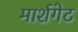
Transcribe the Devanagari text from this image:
मार्शगेट